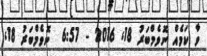
ވާ ކަމެއް ނޮވެމްބަރު 18